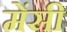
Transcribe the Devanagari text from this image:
मेंसी